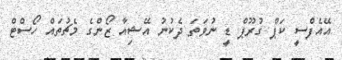
އޭއެފްސީ ކަޕް ގުރޫޕް ޑީ ނުވަތަ ދެކުނު އޭޝިއާ ޒޯންގެ މެޗުތައް ހޯސްޓް